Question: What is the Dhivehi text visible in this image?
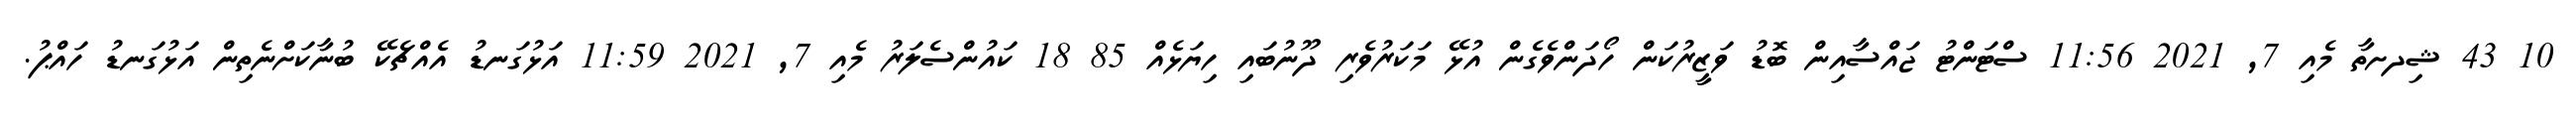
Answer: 10 43 ޝިދށތާ މެއި 7, 2021 11:56 ސްޓަންޓު ޖައްސާއިން ބޮޑު ވަޒީރުކަން ހޯދަންވެގެން އުޅޭ މަކަރުވެރި ދޫނުބައި ހިޔަޅެއް 85 18 ކައުންސެލަރު މެއި 7, 2021 11:59 އަޅުގަނޑު އެއްޗެކޭ ބުނާކަށްނެތިން އަޅުގަނޑު ހައްޕު.